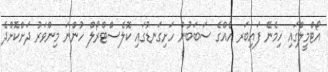
އޯޓްމީލްގައި ހިމެނޭ ފައިބަރ އެއްގެ ސަބަބުން ހަށިގަނޑުގައި ކޮލެސްޓްރޯލް ހުންނަ މިންވަރު ދަށްކޮށްދެ